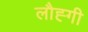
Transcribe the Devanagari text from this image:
लौह्गी